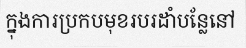
ក្នុងការប្រកបមុខរបរដាំបន្លែនៅ